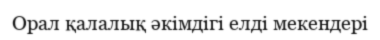
Орал қалалық әкімдігі елді мекендері